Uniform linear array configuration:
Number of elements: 8
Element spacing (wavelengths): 0.25
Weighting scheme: kaiser
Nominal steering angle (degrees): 45
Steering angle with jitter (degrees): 44.521
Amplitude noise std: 0.05
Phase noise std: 0.05

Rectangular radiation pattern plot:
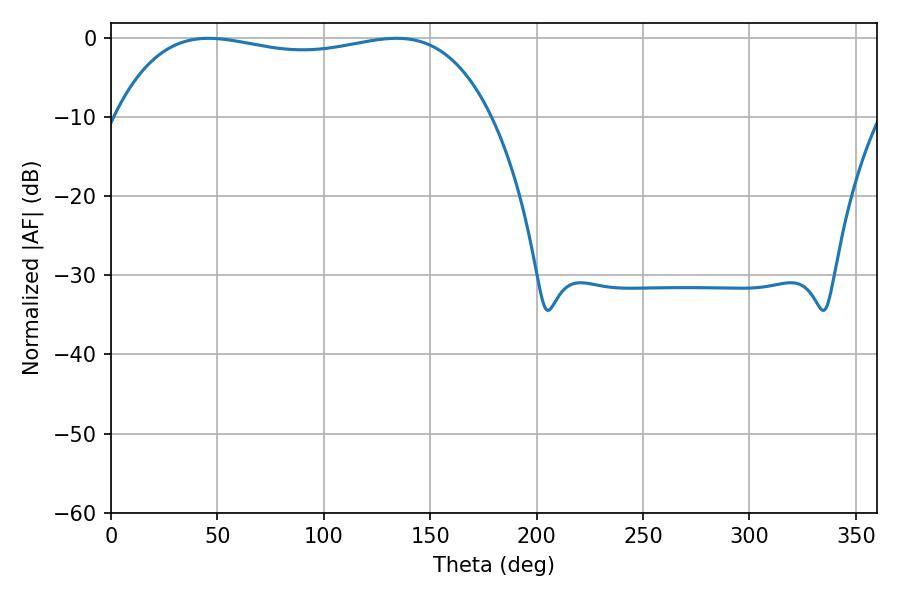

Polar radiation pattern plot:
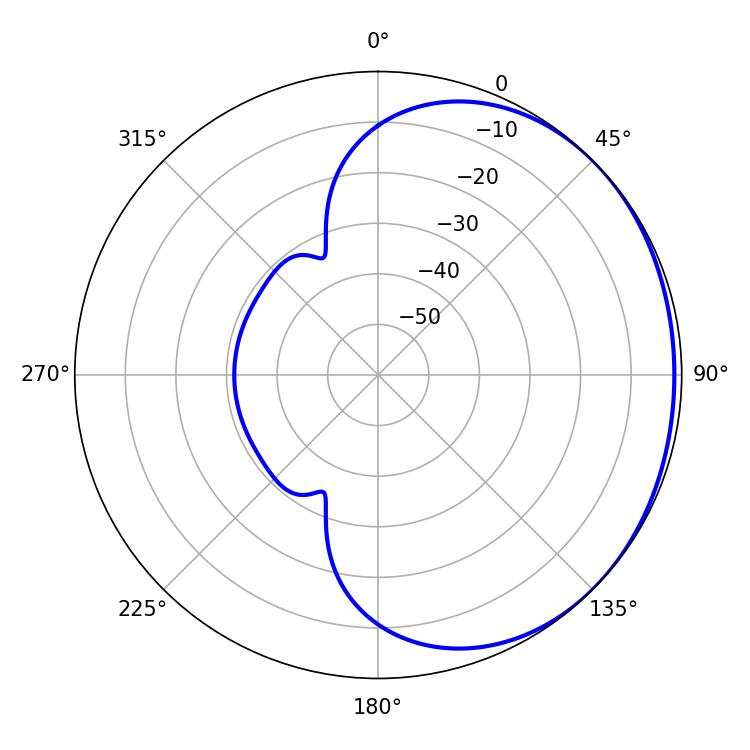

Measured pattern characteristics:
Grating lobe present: FALSE
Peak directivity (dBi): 0.8974
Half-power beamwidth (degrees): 142.56
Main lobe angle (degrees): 45.9